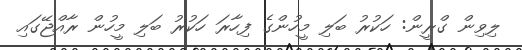
ލިވިން ގްރީން: ހަކުރު ބަލި މީހުންގެ ފިހާރަ ހަކުރު ބަލި މީހުން ރާއްޖޭގައި